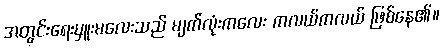
အတွင်းရေးမှူးမလေးသည် မျက်လုံးကလေး ကလယ်ကလယ် ဖြစ်နေ၏။